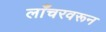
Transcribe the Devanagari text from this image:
लाँचरवरून